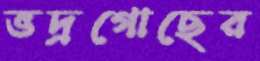
ভদ্রগোছের